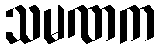
သမဏက